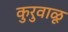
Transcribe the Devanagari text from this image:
कुरुवाळू